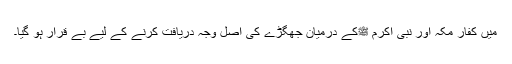
میں کفارِ مکہ اور نبی اکرم ﷺکے درمیان جھگڑے کی اصل وجہ دریافت کرنے کے لیے بے قرار ہو گیا۔